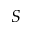
S